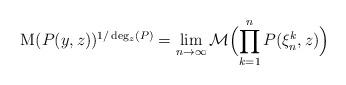
LaTeX: \begin{align*}{\rm M}(P(y,z))^{1/\deg_{z}(P)} = \lim_{n \to \infty} \mathcal{M} \Bigl( \prod_{k=1}^{n}P(\xi_{n}^{k}, z) \Bigr) \end{align*}